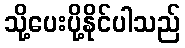
သို့ပေးပို့နိုင်ပါသည်